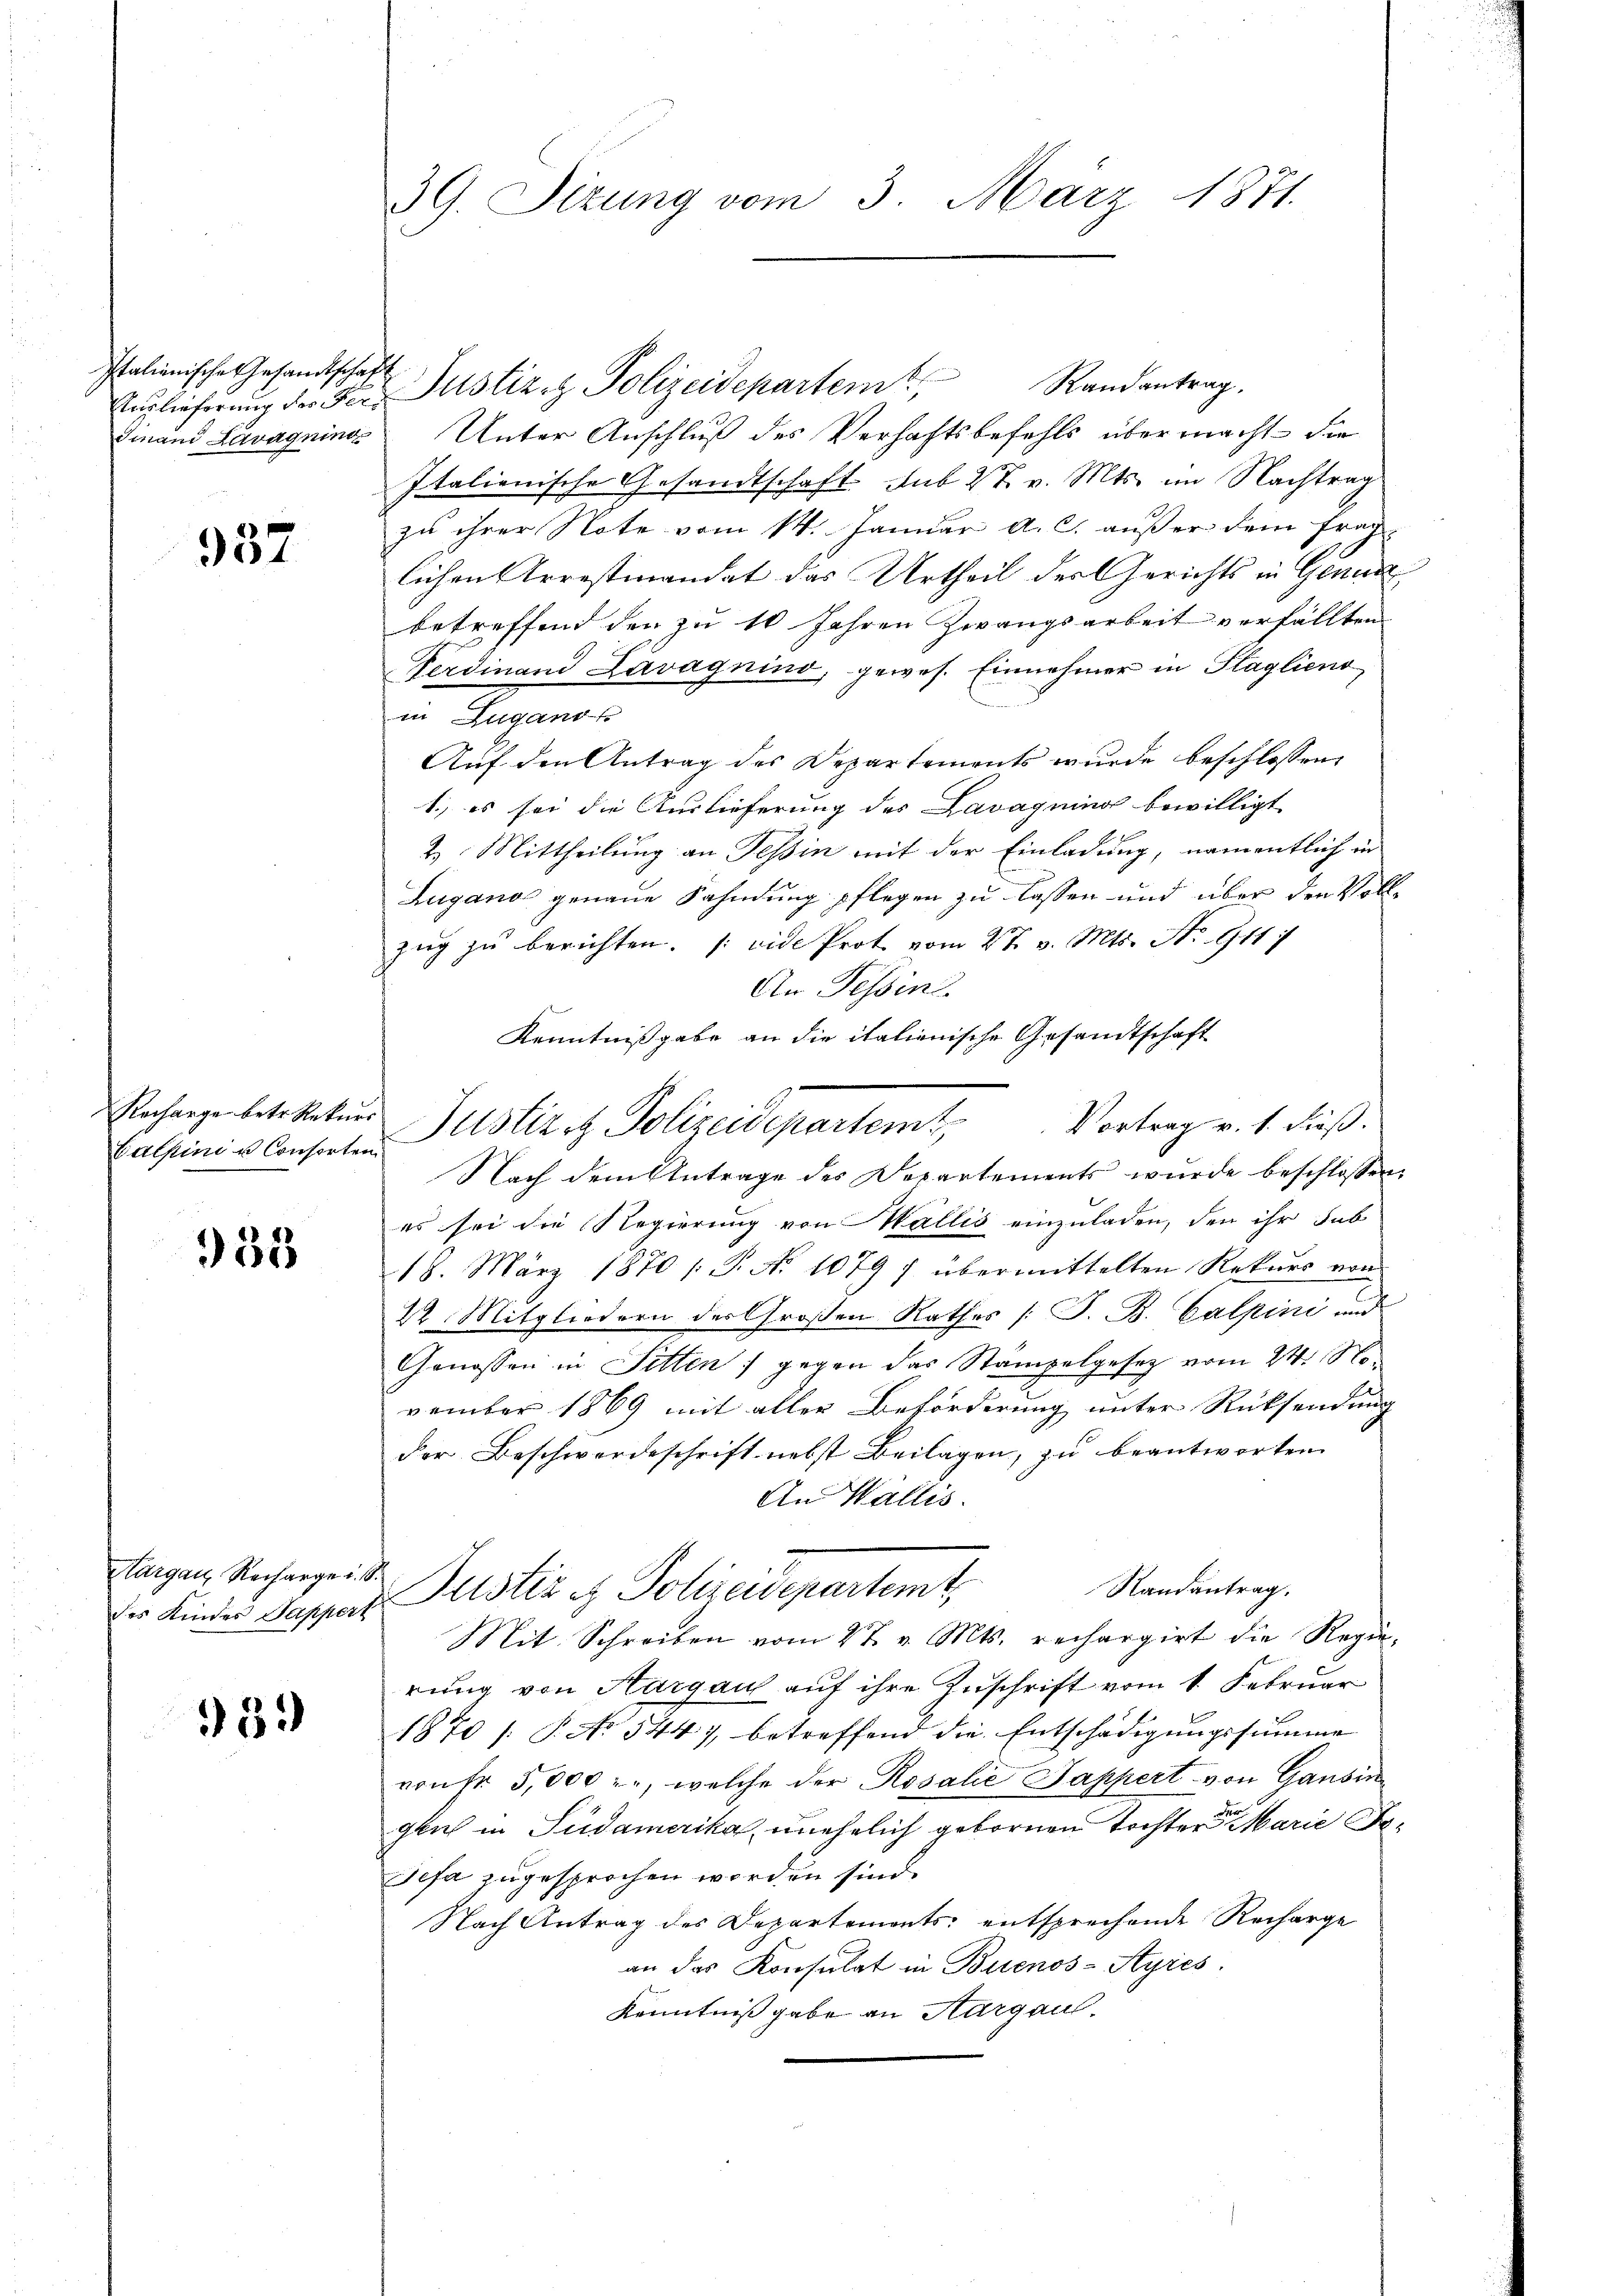
Italienische Gesandtschaft

937

Recharge betr. Rekurs

933

Aargau, Recharge u. S.

939

39. Sizung vom 3. März 1871.

Randantrag.
Auslieferung der Fer Justiz. Polizeidepartem
Finand Lavagning Unter Anschluß des Verhaftsbefehls übermacht die
Italienische Gesandtschaft sub 27. v. Mts. im Nachtrag
zu ihrer Note vom 14. Januar a. c. außer dem fraglichen Arrestmandat das Urtheil der Gerichts in Genunz
betreffend den zu 10 Jahren Zwangsarbeit verfällten
Ferdinand Lavagnino, gewes. Einnehmer in Plaglieno
in Lugant
Auf den Antrag des Departements wurde beschlossen:
1.) es sei die Auslieferung des Lavaqning bewilligt
2. Mittheilung an Tessin mit der Einladung, namentlich in
Zugano genaue Sahndung pflegen zu lassen und über den Vollzug zu berichten. (vide Prot vom 27. v. Mts. No. 911 7
An Tessin.
Kenntnißgabe an die italienische Gesandtschaft
Galpini u. Conster Justiz et Polizeidepartemt, Vortrag v. 1. dieß.
Nach dem Antrage des Departements wurde beschlossen:
es sei die Regierung von Wallis einzuladen, den ihr sub
18. März 1870 /: P. No 10797 übermittelten Rekŭrs von
22. Mitgliedern des Großen Rathes (T. B. Calpini und
Genossen in Sitten) gegen das Stampelgesetz vom 24. November 1869 mit aller Beförderung unter Rücksendung
der Beschwerdeschrift nebst Beilagen, zu beantworten
An Wallis.
Randantrag.
Der Kinder Sapper Justiz et Polizeuepartemt
Mit Schreiben vom 27. v. Mts. rechargirt die Regierung von Aargau auf ihre Zuschrift vom 1. Februar
1870 /: P. No 5447, betreffend die Entschädigungssumme
vontr 5,000 -, welche der Rosalie Sappert von Gansin
Her
glich in Südamerika, unehelich gebornen Tochter Marie Be¬
Sefa zugesprochen worden sind.
Nach Antrag des Departements entsprechende Recharge
an das Konsulat in Buenos-Ayres.
Kenntniß gabe an Aargaul.